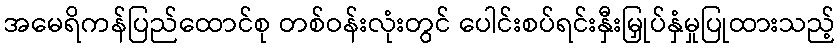
အမေရိကန်ပြည်ထောင်စု တစ်ဝန်းလုံးတွင် ပေါင်းစပ်ရင်းနှီးမြှုပ်နှံမှုပြုထားသည့်